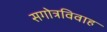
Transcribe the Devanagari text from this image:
सगोत्रविवाह